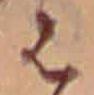
は